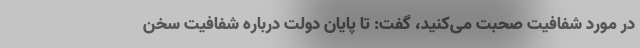
در مورد شفافیت صحبت می‌کنید، گفت: تا پایان دولت درباره شفافیت سخن